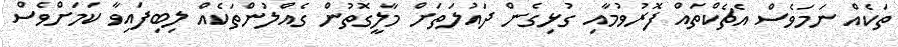
ތަކެއް ނަމަވެސް އެޗެކްތައް ފޮރުވުމާއި ގުޅިގެން ދައުލަތަށް މާލީގޮތުން ގެއްލުންތަކެއް ލިބިފައިވާ ކަމަށްވެސް